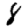
Digit: 8